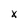
Character: x